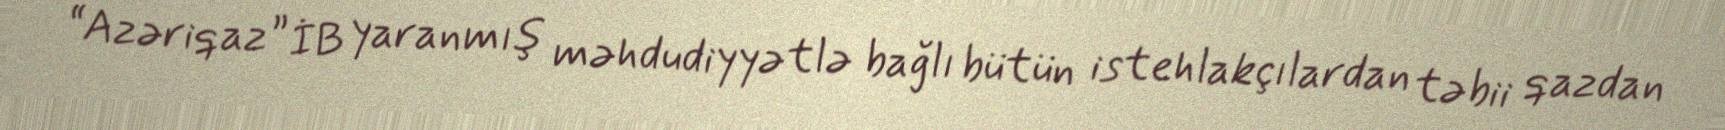
“Azəriqaz” İB yaranmış məhdudiyyətlə bağlı bütün istehlakçılardan təbii qazdan